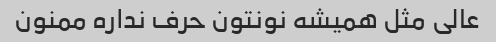
عالی مثل همیشه نونتون حرف نداره ممنون